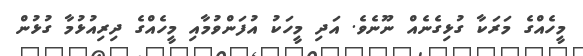
މީހެއްގެ މަރަކާ ގުޅިގެނެއް ނޫނެވެ. އަދި މީހަކު އުފަންވުމާއި މީހެއްގެ ދިރިއުޅުމާ ގުޅުން